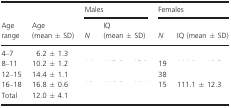
<table><thead><tr><td rowspan="2"><b>Age range</b></td><td rowspan="2"><b>Age (mean ± SD)</b></td><td colspan="2"><b>Males</b></td><td colspan="2"><b>Females</b></td></tr><tr><td><b><i>N</i></b></td><td><b>IQ (mean ± SD)</b></td><td><b><i>N</i></b></td><td><b>IQ (mean ± SD)</b></td></tr></thead><tbody><tr><td>4–7</td><td>6.2 ± 1.3</td><td>[EMPTY_CELL]</td><td>[EMPTY_CELL]</td><td>[EMPTY_CELL]</td><td>[EMPTY_CELL]</td></tr><tr><td>8–11</td><td>10.2 ± 1.2</td><td>[EMPTY_CELL]</td><td>[EMPTY_CELL]</td><td>19</td><td>[EMPTY_CELL]</td></tr><tr><td>12–15</td><td>14.4 ± 1.1</td><td>[EMPTY_CELL]</td><td>[EMPTY_CELL]</td><td>38</td><td>[EMPTY_CELL]</td></tr><tr><td>16–18</td><td>16.8 ± 0.6</td><td>[EMPTY_CELL]</td><td>[EMPTY_CELL]</td><td>15</td><td>111.1 ± 12.3</td></tr><tr><td>Total</td><td>12.0 ± 4.1</td><td>[EMPTY_CELL]</td><td>[EMPTY_CELL]</td><td>[EMPTY_CELL]</td><td>[EMPTY_CELL]</td></tr></tbody></table>